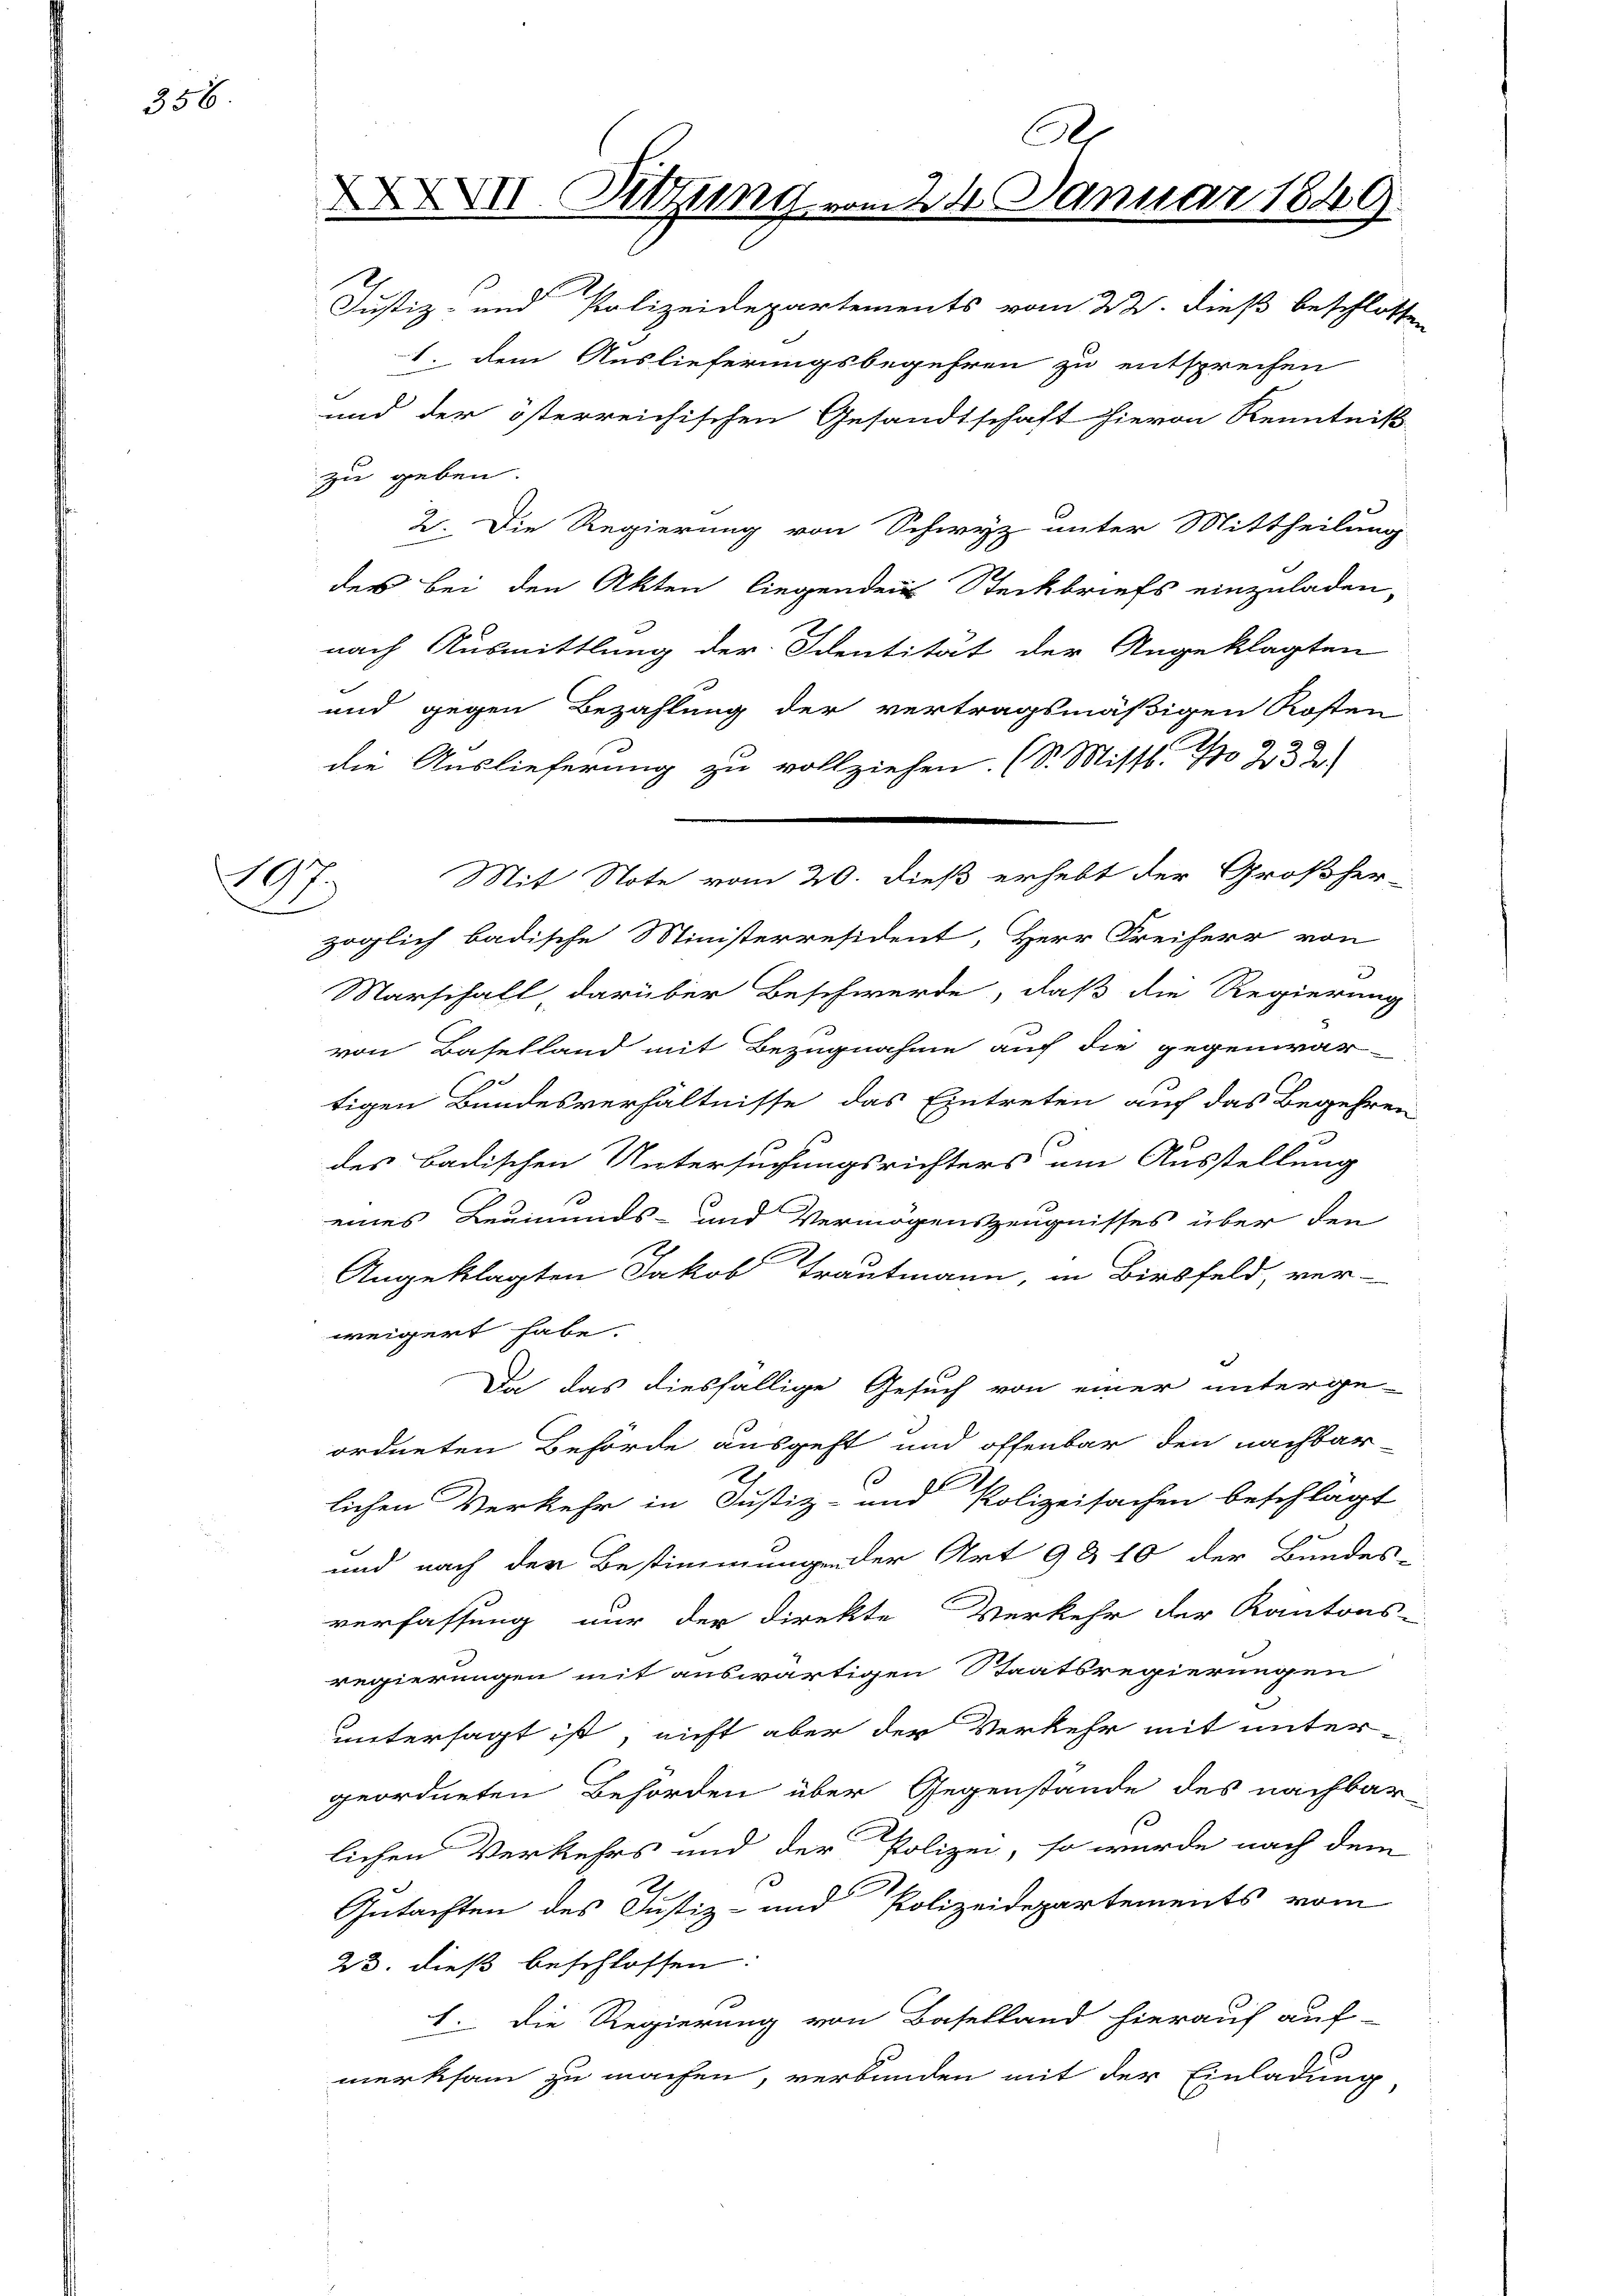
356

.

6
XXXII. Sitzung vom 24. Januar 1849.
Justiz- und Polizeidepartements vom 22. dieß beschlossen

1. dem Auslieferungsbegehren zu entsprechen
und der österreichischen Gesandtschaft hievon Kenntniß
zu geben.
2. Die Regierung von Schwyz unter Mittheilung
der bei den Akten liegenden Steckbriefs einzuladen-
nach Ausmittlung der Identität der Angeklagten
und gegen Bezahlung der vertragsmäßigen Kosten
die Auslieferung zu vollziehen. (S. Misst. No 232.
zöglich badische Ministerresident, Herr Freiherr von
Narschalt darüber Beschwerde, daß die Regierung
von Baselland mit Bezugnahme auf die gegenwär-
2
tigen Bundesverhältnisse das Eintreten auf das Begehren
des Badischen Untersuchungsrichters um Ausstellung
eines Leumunds- und Vermögenszeugnisses über den
Angeklagten Jakob Trautmann, in Birkfeld, ver-
weigert habe.
Da das diesfällige Gesuch von einer unterge-
ordneten Behörde ausgeht und offenbar den nachbar-
s
lichen Verkehr in Justiz- und Polizeisachen beschlägt
und nach der Bestimmungen der Art 9 & 10 der Bundes-
verfassung nur der direkte Verkehr der Kantons-
regierungen mit auswärtigen Staatsregierungen
untersagt ist, nicht aber der Verkehr mit unter-
geordneten Behörden über Gegenstände des nachbar-
lichen Verkehrs und der Polizei, so wurde nach dem
Gutachten des Justiz- und Polizeidepartements vom
23. dieß beschlossen:
1. Die Regierung von Baselland hierauf auf-
merksam zu machen, verbunden mit der Einladung

Mit Note vom 20. dieß erhebt der Großher¬